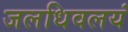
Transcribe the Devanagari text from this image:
जलधिवलयं